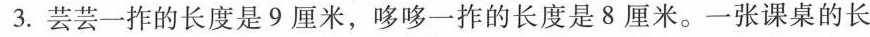
3.芸芸一柞的长度是9厘米，哆哆一柞的长度是8厘米。一张课桌的长